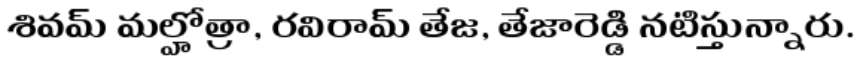
శివమ్ మల్హోత్రా, రవిరామ్ తేజ, తేజారెడ్డి నటిస్తున్నారు.